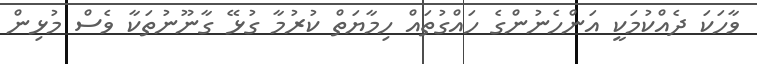
ވާހަކަ ދެއްކުމަކީ އަންހެނުންގެ ހައްގުތައް ހިމާޔަތް ކުރުމާ ގުޅޭ ގާނޫނުތަކާ ވެސް މުޅިން